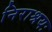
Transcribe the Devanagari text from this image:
निराश्रयः